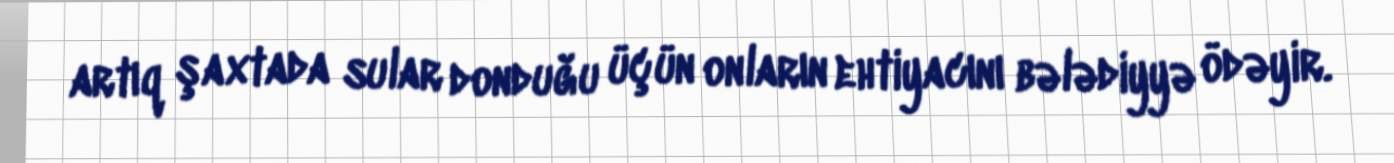
artıq şaxtada sular donduğu üçün onların ehtiyacını bələdiyyə ödəyir.